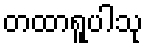
တထာရူပါသု